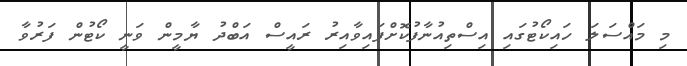
މި މައްސަލަ ހައިކޯޓުގައި އިސްތިއުނާފުކޮށްފައިވާއިރު ރައީސް އަބްދު ޔާމީން ވަނީ ކޯޓުން ފަރުވާ